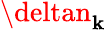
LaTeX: \deltan_{\mathbf{k}}